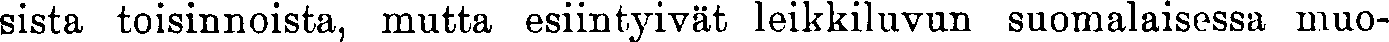
sista toisinnoista, mutta esiintyivät leikkiluvun suomalaisessa muo-